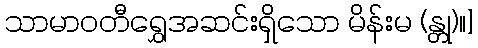
သာမာဝတီရွှေအဆင်းရှိသော မိန်းမ (န္တု)။]